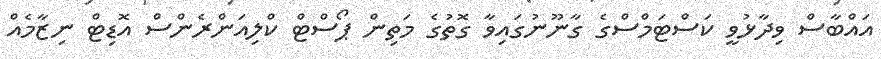
އައްބާސް ވިދާޅުވީ ކަސްޓަމްސްގެ ގާނޫނުގައިވާ ގޮތުގެ މަތިން ޕޯސްޓް ކްލިއަންރެންސް އޮޑިޓް ނިޒާމެއް